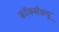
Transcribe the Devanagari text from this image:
कॉर्क्सक्र्यू